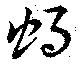
蝸